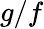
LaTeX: g/f